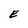
Character: E